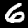
Digit: 6